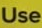
Use